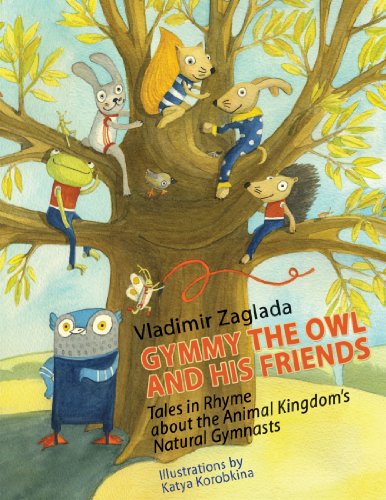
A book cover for Gymmy the Owl and His Friends: Tales in Rhyme About The Animal Kingdom's Natural Gymnasts; Vladimir Zaglada; Children's Books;